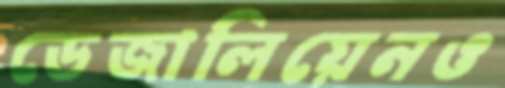
ডেজালিয়েনও